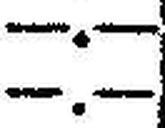
—.—